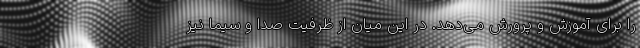
را برای آموزش و پرورش می‌دهد. در این میان از ظرفیت صدا و سیما نیز